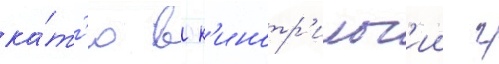
ка́т'ю в к'инотр'илог'ии г